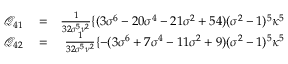
\begin{array} { r l r } { \mathcal { Q } _ { 4 1 } } & { { } = } & { \frac { 1 } { 3 2 \sigma ^ { 5 } \nu ^ { 2 } } \{ ( 3 \sigma ^ { 6 } - 2 0 \sigma ^ { 4 } - 2 1 \sigma ^ { 2 } + 5 4 ) ( \sigma ^ { 2 } - 1 ) ^ { 5 } \kappa ^ { 5 } } \\ { \mathcal { Q } _ { 4 2 } } & { { } = } & { \frac { 1 } { 3 2 \sigma ^ { 5 } \nu ^ { 2 } } \{ - ( 3 \sigma ^ { 6 } + 7 \sigma ^ { 4 } - 1 1 \sigma ^ { 2 } + 9 ) ( \sigma ^ { 2 } - 1 ) ^ { 5 } \kappa ^ { 5 } } \end{array}